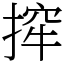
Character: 㨓